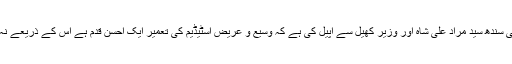
شاہ فیصل کالونی کے اسپورٹس حلقوں اور نوجوانوں نے وزیر اعلیٰ سندھ سید مراد علی شاہ اور وزیر کھیل سے اپیل کی ہے کہ وسیع و عریض اسٹیڈیم کی تعمیر ایک احسن قدم ہے اس کے ذریعے نہ صرف نوجوانوں کو صحت مند سرگرمیوں کا حصول ممکن ہوگا۔